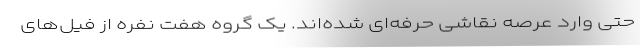
حتی وارد عرصه نقاشی حرفه‌ای شده‌اند. یک گروه هفت نفره از فیل‌های